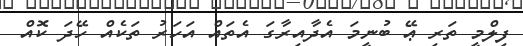
ފިލްމީ ތަރި ޢޭ ބުނީމަ އެދާއިރާގަ އެތައް އަހަރު ތަކެއް ހޭދަ ކޮއް